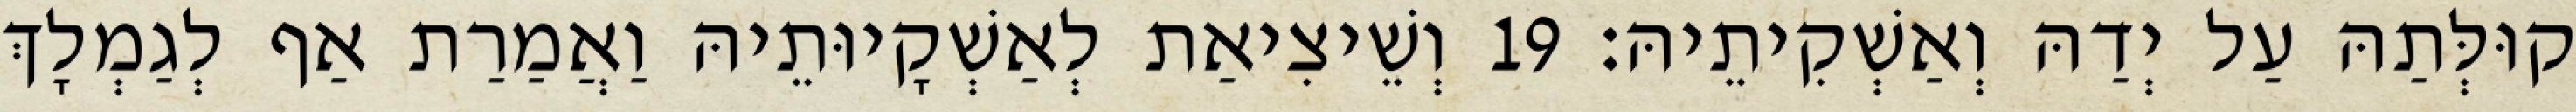
קוּלְּתַהּ עַל יְדַהּ וְאַשְׁקִיתֵיהּ׃ 19 וְשֵׁיצִיאַת לְאַשְׁקָיוּתֵיהּ וַאֲמַרַת אַף לְגַמְלָךְ